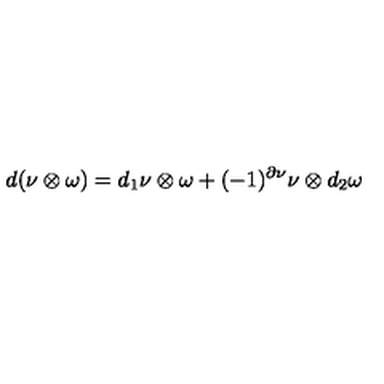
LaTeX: d ( \nu \otimes \omega ) = d _ { 1 } \nu \otimes \omega + ( - 1 ) ^ { \partial \nu } \nu \otimes d _ { 2 } \omega